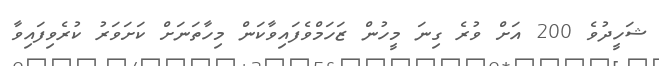
ޝަހީދުވެ 200 އަށް ވުރެ ގިނަ މީހުން ޒަހަމްވެފައިވާކަން މިހާތަނަށް ކަށަވަރު ކުރެވިފައިވާ